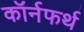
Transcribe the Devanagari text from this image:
कॉर्नफर्थ